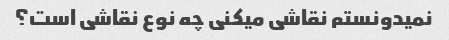
نمیدونستم نقاشی میکنی چه نوع نقاشی است؟